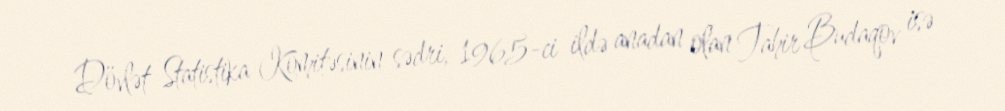
Dövlət Statistika Komitəsinin sədri, 1965-ci ildə anadan olan Tahir Budaqov isə